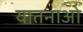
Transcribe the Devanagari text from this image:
यातनाओ